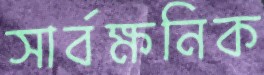
সার্বক্ষনিক